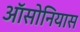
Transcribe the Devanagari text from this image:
ऑसोनियास